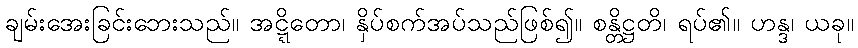
ချမ်းအေးခြင်းဘေးသည်။ အဋ္ဋိတော၊ နှိပ်စက်အပ်သည်ဖြစ်၍။ စန္တိဋ္ဌတိ၊ ရပ်၏။ ဟန္ဒ၊ ယခု။